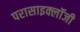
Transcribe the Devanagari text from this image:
परासाइक्लॉजी